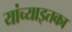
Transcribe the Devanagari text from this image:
यांच्याइतका